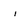
Character: i